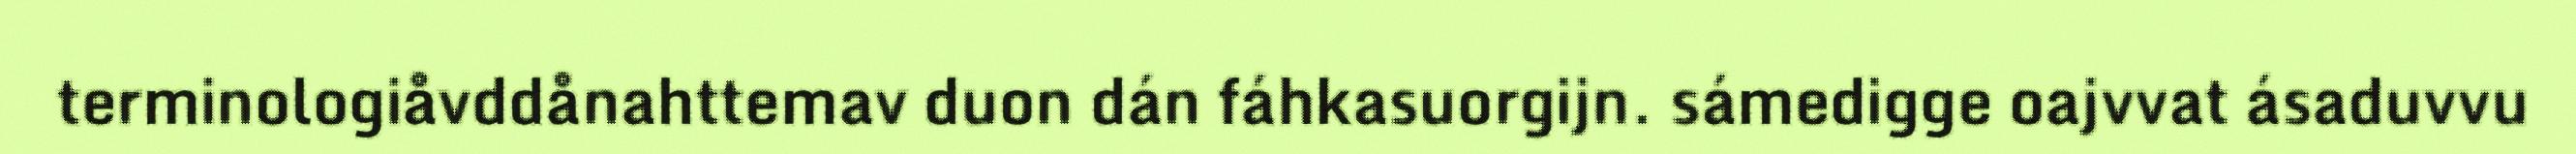
terminologiåvddånahttemav duon dán fáhkasuorgijn. sámedigge oajvvat ásaduvvu